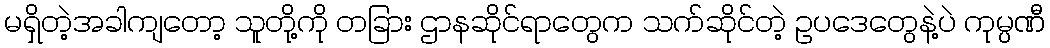
မရှိတဲ့အခါကျတော့ သူတို့ကို တခြား ဌာနဆိုင်ရာတွေက သက်ဆိုင်တဲ့ ဥပဒေတွေနဲ့ပဲ ကုမ္ပဏီ